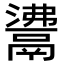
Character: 𩰾